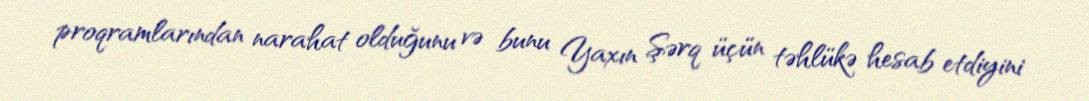
proqramlarından narahat olduğunu və bunu Yaxın Şərq üçün təhlükə hesab etdiyini